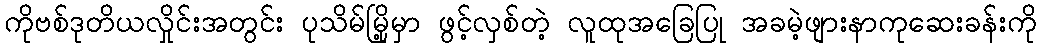
ကိုဗစ်ဒုတိယလှိုင်းအတွင်း ပုသိမ်မြို့မှာ ဖွင့်လှစ်တဲ့ လူထုအခြေပြု အခမဲ့ဖျားနာကုဆေးခန်းကို